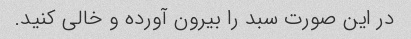
در این صورت سبد را بیرون آورده و خالی کنید.